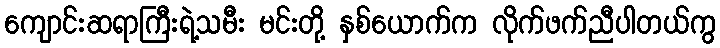
ကျောင်းဆရာကြီးရဲ့သမီး မင်းတို့ နှစ်ယောက်က လိုက်ဖက်ညီပါတယ်ကွ